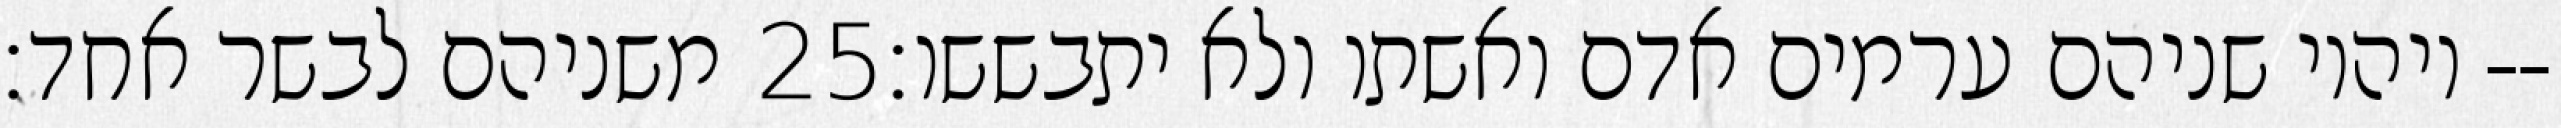
משניהם לבשר אחד׃ ‎25‏ ויהיו שניהם ערמים אדם ואשתו ולא יתבששו׃--